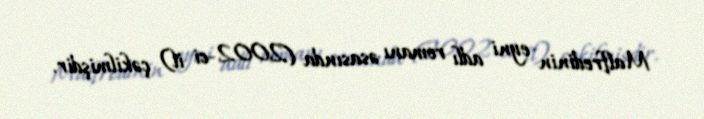
Malfredinin eyni adlı romanı əsasında (2002-ci il) çəkilmişdir.